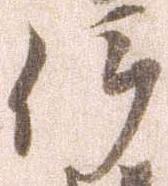
伊